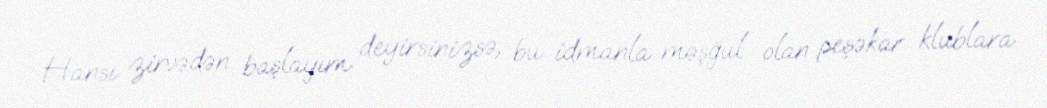
Hansı zirvədən başlayım deyirsinizsə, bu idmanla məşğul olan peşəkar klublara